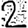
Digit: 2